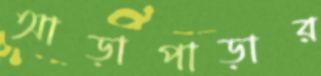
আড়াপাড়ার